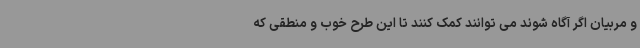
و مربیان اگر آگاه شوند می توانند کمک کنند تا این طرح خوب و منطقی که